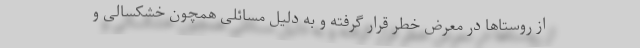
از روستاها در معرض خطر قرار گرفته و به دلیل مسائلی همچون خشکسالی و